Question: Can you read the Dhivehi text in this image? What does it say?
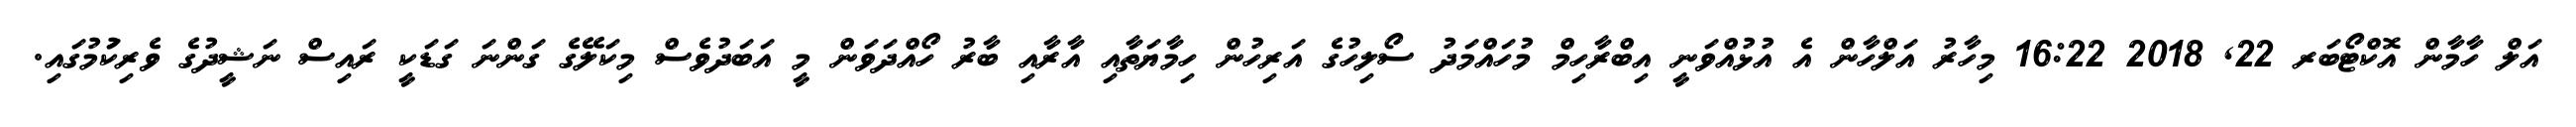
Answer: އަލް ހާމާން އޮކްޓޯބަރ 22, 2018 16:22 މިހާރު އަލްހާން އެ އުޅުއްވަނީ އިބްރާހިމް މުހައްމަދު ސޯލިހުގެ އަރިހުން ހިމާޔަތާއި އާރާއި ބާރު ހޯއްދަވަން މީ އަބަދުވެސް މިކަލޭގެ ގަންނަ ގަޑަކީ ރައިސް ނަޝީދުގެ ވެރިކަުމުގައި.